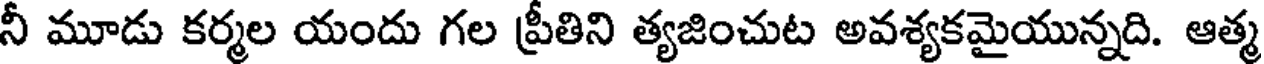
నీ మూడు కర్మల యందు గల ప్రీతిని త్యజించుట అవశ్యకమైయున్నది. ఆత్మ